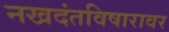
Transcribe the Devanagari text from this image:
नखदंतविषारावर